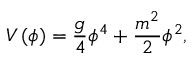
V \left( \phi \right) = { \frac { g } { 4 } } \phi ^ { 4 } + { \frac { m ^ { 2 } } { 2 } } \phi ^ { 2 } ,